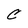
Character: C